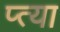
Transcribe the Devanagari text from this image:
प्त्या